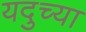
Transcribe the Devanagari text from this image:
यदुच्या